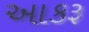
આકરૂ